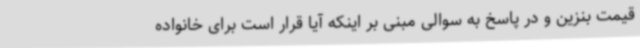
قیمت بنزین و در پاسخ به سوالی مبنی بر اینکه آیا قرار است برای خانواده